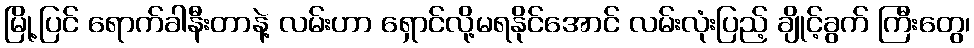
မြို့ပြင် ရောက်ခါနီးတာနဲ့ လမ်းဟာ ရှောင်လို့မရနိုင်အောင် လမ်းလုံးပြည့် ချိုင့်ခွက် ကြီးတွေ၊